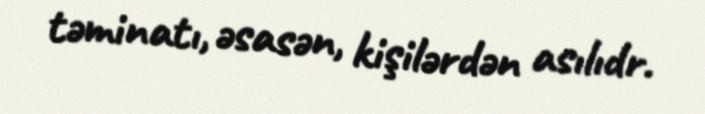
təminatı, əsasən, kişilərdən asılıdr.